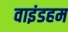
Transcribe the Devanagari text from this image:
वाइंडहम